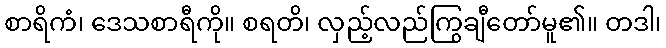
စာရိကံ၊ ဒေသစာရီကို။ စရတိ၊ လှည့်လည်ကြွချီတော်မူ၏။ တဒါ၊